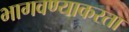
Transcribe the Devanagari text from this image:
भागवण्याकरता